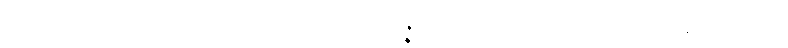
အဘယ်သို့လျှင်။ ပုဂ္ဂလော၊ ပုဂ္ဂိုလ်သည်။ ဥမ္မုဇ္ဇိတွာ၊ ပေါ်၍။ ပတရတိ၊ ကူးသနည်း။ ဣဓ၊